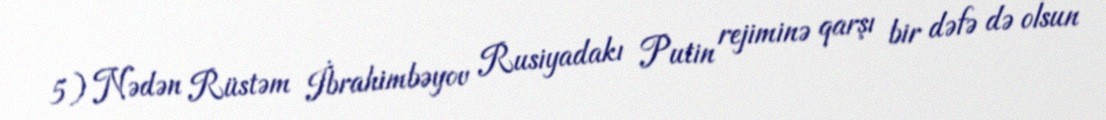
5) Nədən Rüstəm İbrahimbəyov Rusiyadakı Putin rejiminə qarşı bir dəfə də olsun